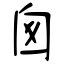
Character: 囪